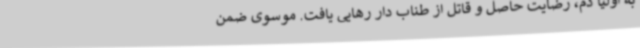
به اولیا دم، رضایت حاصل و قاتل از طناب دار رهایی یافت. موسوی ضمن